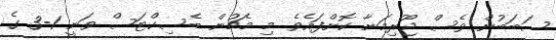
ސަބަބުން ވެސް ޖޫރިމަނާ ކޮށްފައެވެ. މި މެޗުން ބެސިކްޓަސް ވަނީ 1-3 ގެ